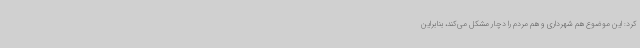
کرد: این موضوع هم شهرداری و هم مردم را دچار مشکل می‌کند، بنابراین